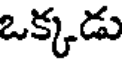
ఒక్కడు